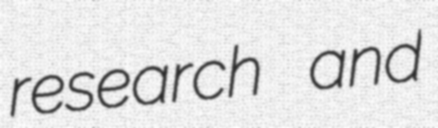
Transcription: research and